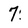
Character: 7